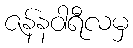
ဇန်နဝါရီလမှ